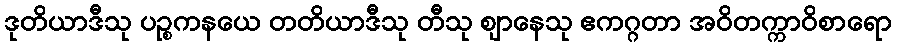
ဒုတိယာဒီသု ပဉ္စကနယေ တတိယာဒီသု တီသု ဈာနေသု ဧကဂ္ဂတာ အဝိတက္ကာဝိစာရော